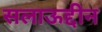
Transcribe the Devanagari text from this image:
सलाऊद्दीन